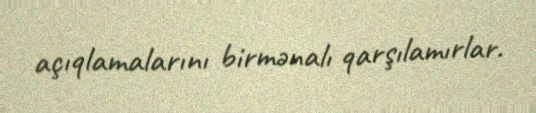
açıqlamalarını birmənalı qarşılamırlar.